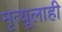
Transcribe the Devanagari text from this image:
मृत्यूलाही